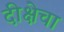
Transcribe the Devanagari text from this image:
दीक्षेचा